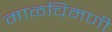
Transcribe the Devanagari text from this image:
माळचिमणी